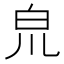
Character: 𤽇